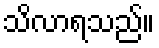
သိလာရသည်။